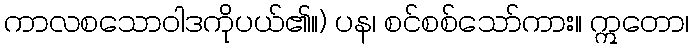
ကာလစသောဝါဒကိုပယ်၏။) ပန၊ စင်စစ်သော်ကား။ ဣတော၊